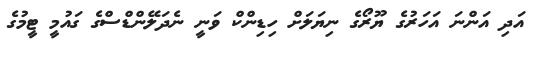
އަދި އަންނަ އަހަރުގެ ޔޫރޯގެ ނިޔަަލަށް ހިޑިންކް ވަނީ ނެދަލޭންޑްސްގެ ގައުމީ ޓީމުގެ